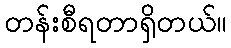
တန်းစီရတာရှိတယ်။